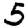
Digit: 5